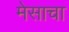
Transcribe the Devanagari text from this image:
मेसाचा